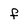
Character: f